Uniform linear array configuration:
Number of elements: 4
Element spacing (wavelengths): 0.5
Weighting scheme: hamming
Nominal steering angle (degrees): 0
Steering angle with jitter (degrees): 0.2334
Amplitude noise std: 0.05
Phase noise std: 0.05

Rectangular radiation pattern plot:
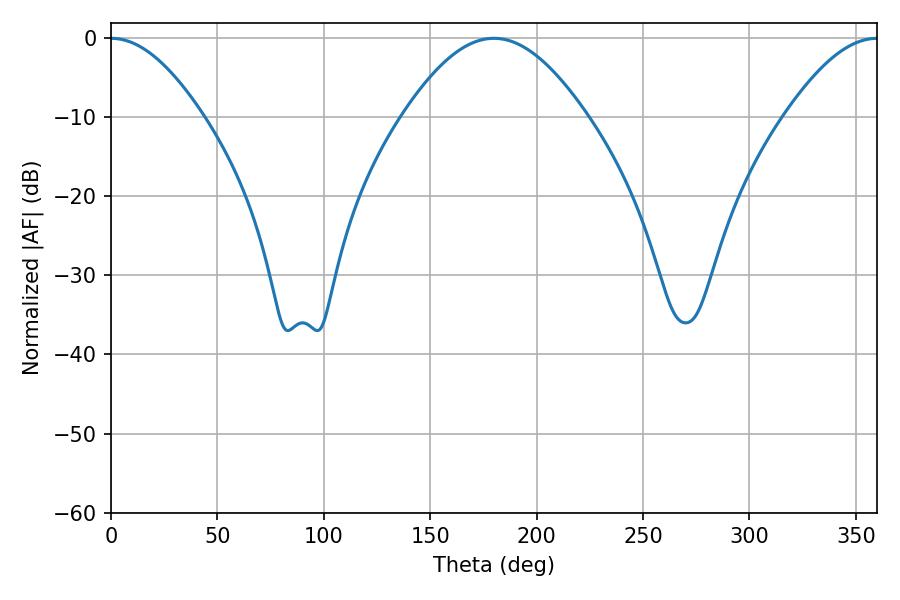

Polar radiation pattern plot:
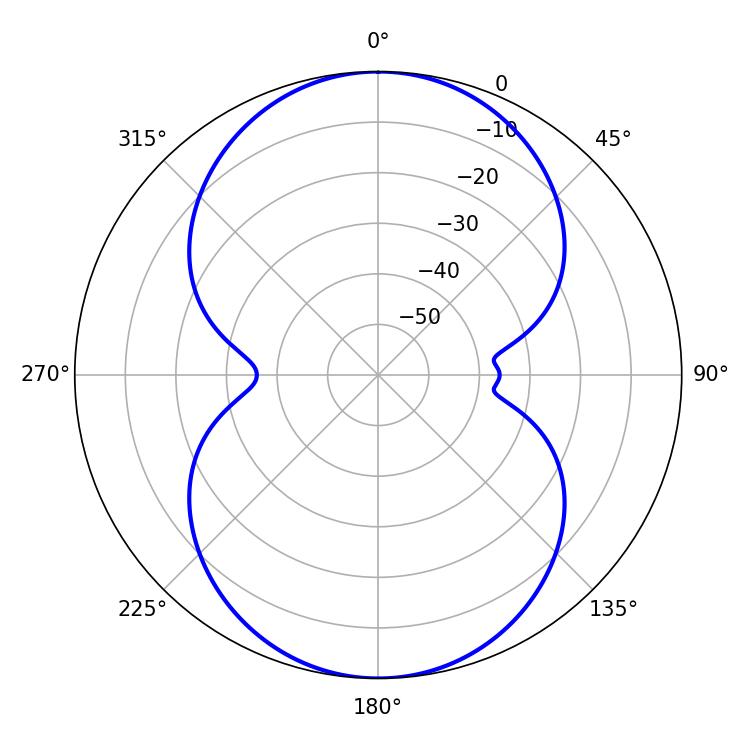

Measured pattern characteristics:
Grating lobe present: FALSE
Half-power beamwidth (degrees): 23.22
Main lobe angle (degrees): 0